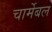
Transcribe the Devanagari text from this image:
चार्मेबल